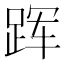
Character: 𲃡